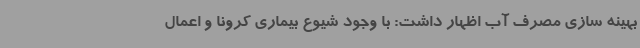
بهینه سازی مصرف آب اظهار داشت: با وجود شیوع بیماری کرونا و اعمال